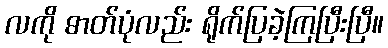
လကို ဓာတ်ပုံလည်း ရိုက်ပြခဲ့ကြပြီးပြီ။